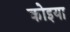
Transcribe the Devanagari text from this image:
कोइया